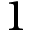
1